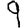
Digit: 9